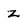
Character: z